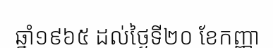
ឆ្នាំ១៩៦៥ ដល់ថ្ងៃទី២០ ខែកញ្ញា